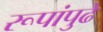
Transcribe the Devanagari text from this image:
रूपांपुढे